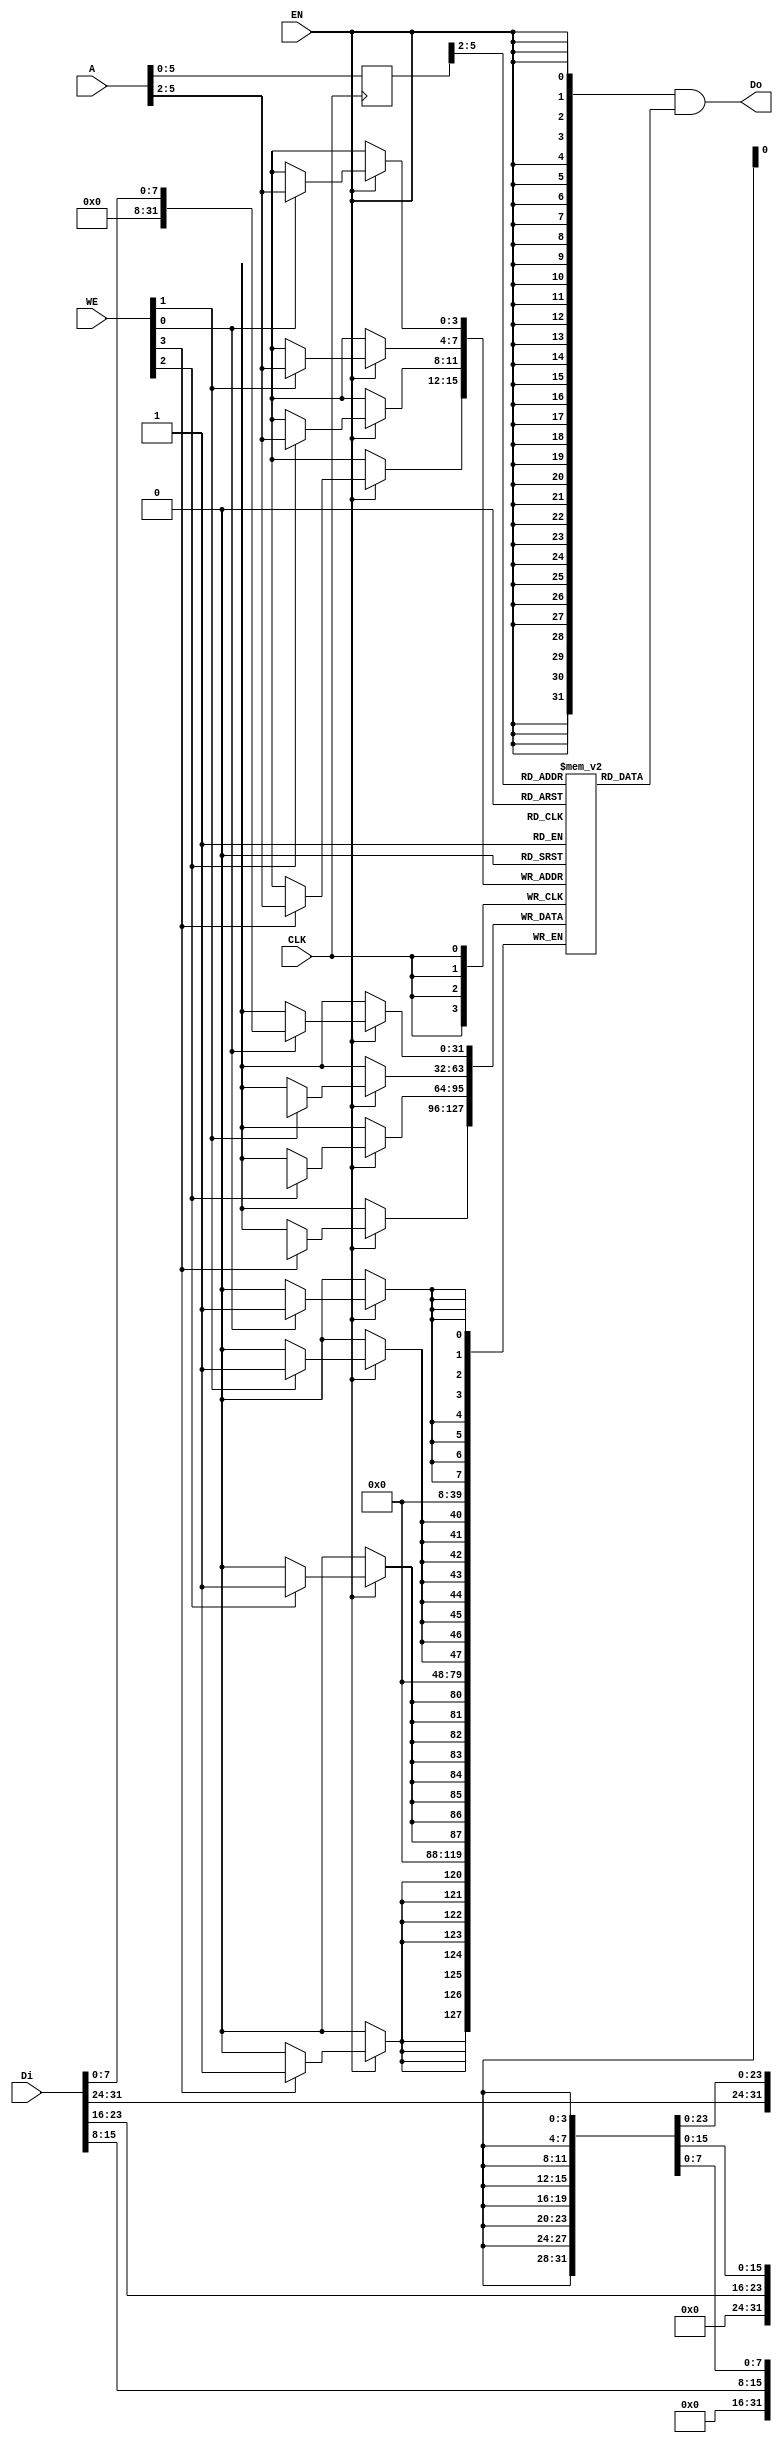
// bram behavior code (can't be synthesis)
// 11 words

//update at 2023/10/18 23:00
module bram11 
(
    CLK,
    WE,
    EN,
    Di,
    Do,
    A
);

    input   wire            CLK;
    input   wire    [3:0]   WE;
    input   wire            EN;
    input   wire    [31:0]  Di;
    output  wire     [31:0]  Do;
    input   wire    [11:0]   A; 

    //  11 words
	reg [31:0] RAM[0:10];
    reg [11:0] r_A;

    always @(posedge CLK) begin
        r_A <= A;
    end

    assign Do = {32{EN}} & RAM[r_A>>2];    // read

    reg [31:0] Temp_D;
    always @(posedge CLK) begin
        if(EN) begin
	    if(WE[0]) RAM[A>>2][7:0] <= Di[7:0];
            if(WE[1]) RAM[A>>2][15:8] <= Di[15:8];
            if(WE[2]) RAM[A>>2][23:16] <= Di[23:16];
            if(WE[3]) RAM[A>>2][31:24] <= Di[31:24];
        end
    end

endmodule